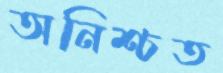
অনিশ্চত